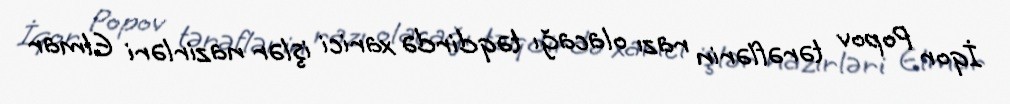
İqor Popov tərəflərin razı olacağı təqdirdə xarici işlər nazirləri Elmar